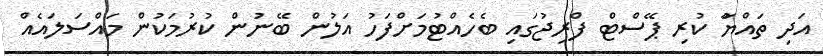
އަދި ތައްޔާު ކުރި ޕޭސްޓް ފްރިޖުގައި ބެހެއްޓުމަށްފަހު އަލުން ބޭނުން ކުރުމަކުން މައްސަލައެއް